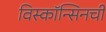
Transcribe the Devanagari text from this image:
विस्कॉन्सिनची